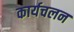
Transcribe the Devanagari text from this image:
कार्यचलन